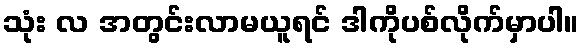
သုံး လ အတွင်းလာမယူရင် ဒါကိုပစ်လိုက်မှာပါ။